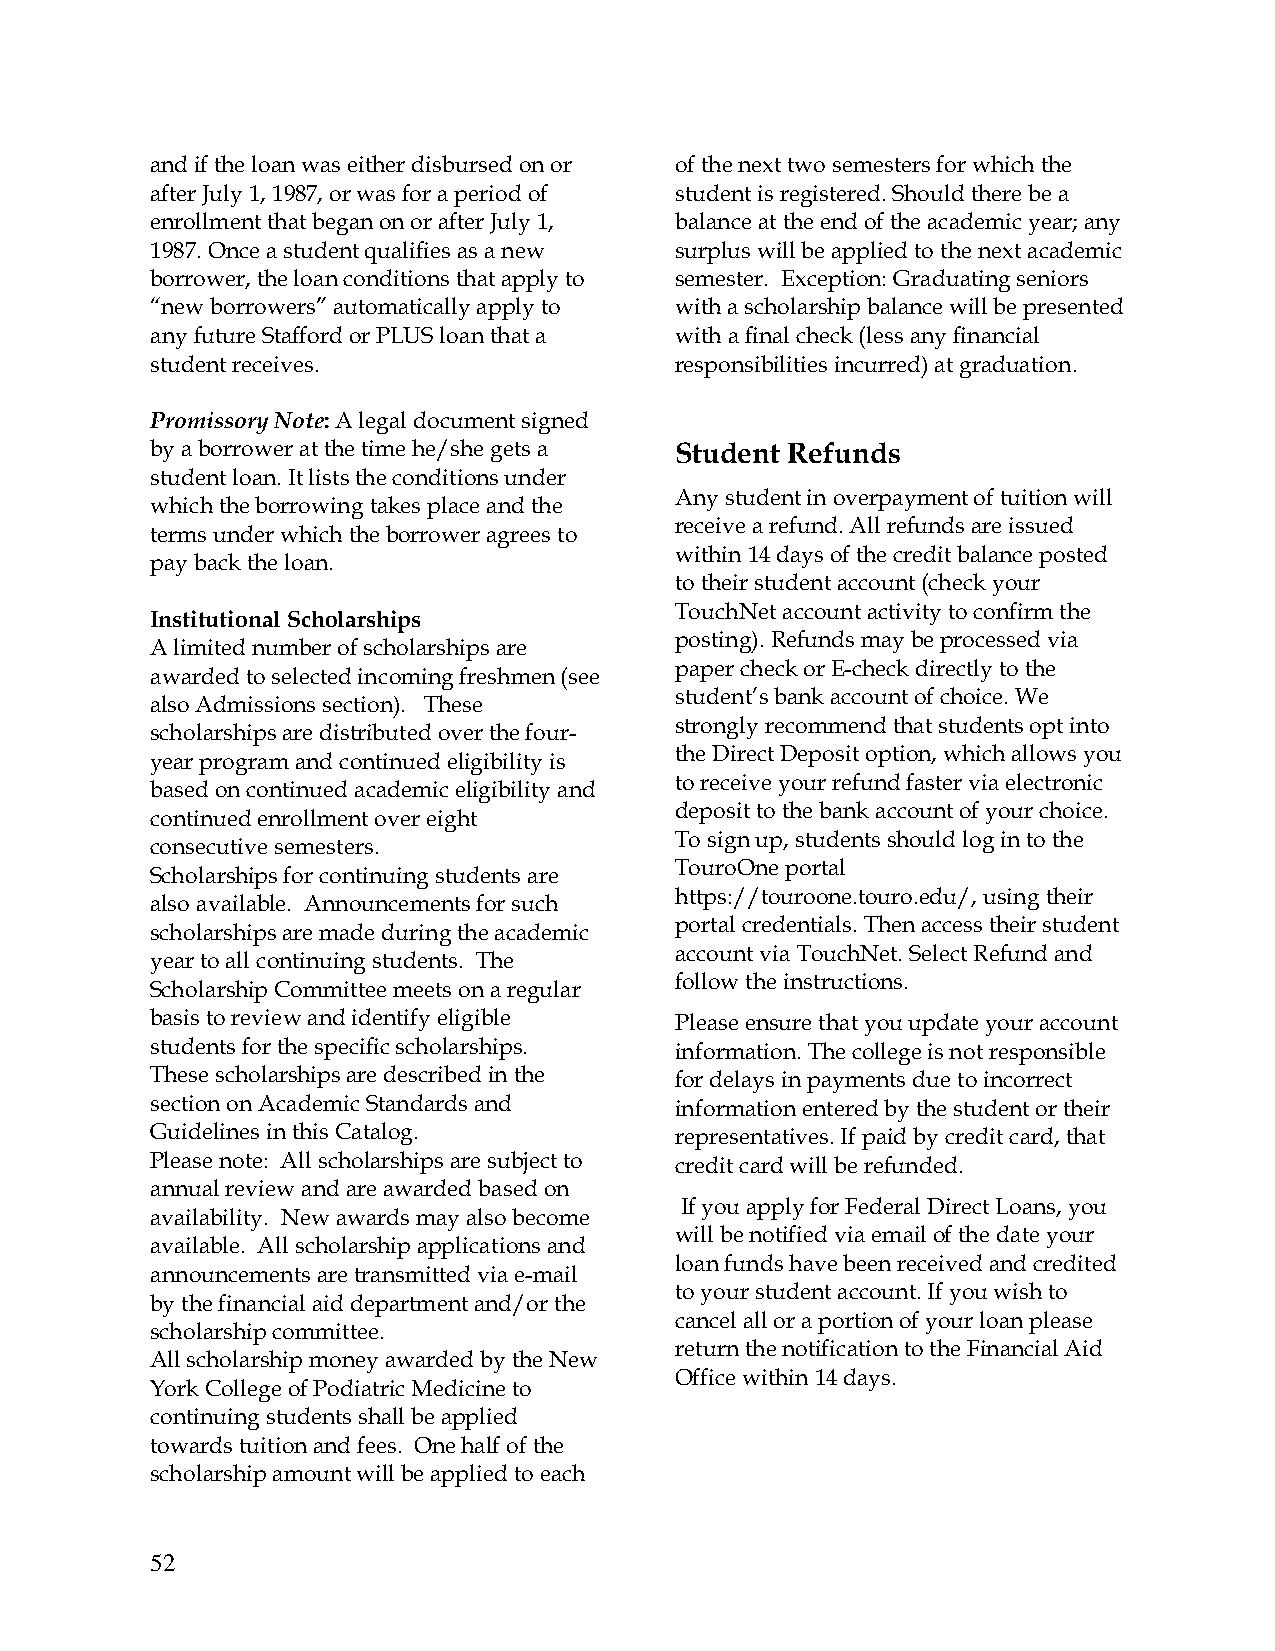
and if the loan was either disbursed on or of the next two semesters for which the
 after July 1, 1987, or was for a period of student is registered. Should there be a
 enrollment that began on or after July 1, balance at the end of the academic year; any
 1987. Once a student qualifies as a new surplus will be applied to the next academic
 borrower, the loan conditions that apply to semester. Exception: Graduating seniors
 “new borrowers” automatically apply to with a scholarship balance will be presented
 any future Stafford or PLUS loan that a with a final check (less any financial
 student receives.                  responsibilities incurred) at graduation.
 Promissory Note: A legal document signed
 by a borrower at the time he/she gets a Student Refunds
 student loan. It lists the conditions under
 Any student in overpayment of tuition will
 which the borrowing takes place and the
 receive a refund. All refunds are issued
 terms under which the borrower agrees to
 within 14 days of the credit balance posted
 pay back the loan.
 to their student account (check your
 TouchNet account activity to confirm the
 Institutional Scholarships
 posting). Refunds may be processed via
 A limited number of scholarships are
 paper check or E-check directly to the
 awarded to selected incoming freshmen (see
 student’s bank account of choice. We
 also Admissions section). These
 strongly recommend that students opt into
 scholarships are distributed over the four-
 the Direct Deposit option, which allows you
 year program and continued eligibility is
 to receive your refund faster via electronic
 based on continued academic eligibility and
 deposit to the bank account of your choice.
 continued enrollment over eight
 To sign up, students should log in to the
 consecutive semesters.
 TouroOne portal
 Scholarships for continuing students are
 https://touroone.touro.edu/, using their
 also available. Announcements for such
 portal credentials. Then access their student
 scholarships are made during the academic
 account via TouchNet. Select Refund and
 year to all continuing students. The
 follow the instructions.
 Scholarship Committee meets on a regular
 basis to review and identify eligible Please ensure that you update your account
 students for the specific scholarships. information. The college is not responsible
 These scholarships are described in the for delays in payments due to incorrect
 section on Academic Standards and  information entered by the student or their
 Guidelines in this Catalog.        representatives. If paid by credit card, that
 Please note: All scholarships are subject to credit card will be refunded.
 annual review and are awarded based on
 If you apply for Federal Direct Loans, you
 availability. New awards may also become
 will be notified via email of the date your
 available. All scholarship applications and
 loan funds have been received and credited
 announcements are transmitted via e-mail
 to your student account. If you wish to
 by the financial aid department and/or the
 cancel all or a portion of your loan please
 scholarship committee.
 return the notification to the Financial Aid
 All scholarship money awarded by the New
 Office within 14 days.
 York College of Podiatric Medicine to
 continuing students shall be applied
 towards tuition and fees. One half of the
 scholarship amount will be applied to each
 52